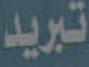
تبريد